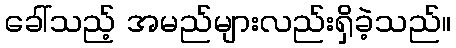
ခေါ်သည့် အမည်များလည်းရှိခဲ့သည်။